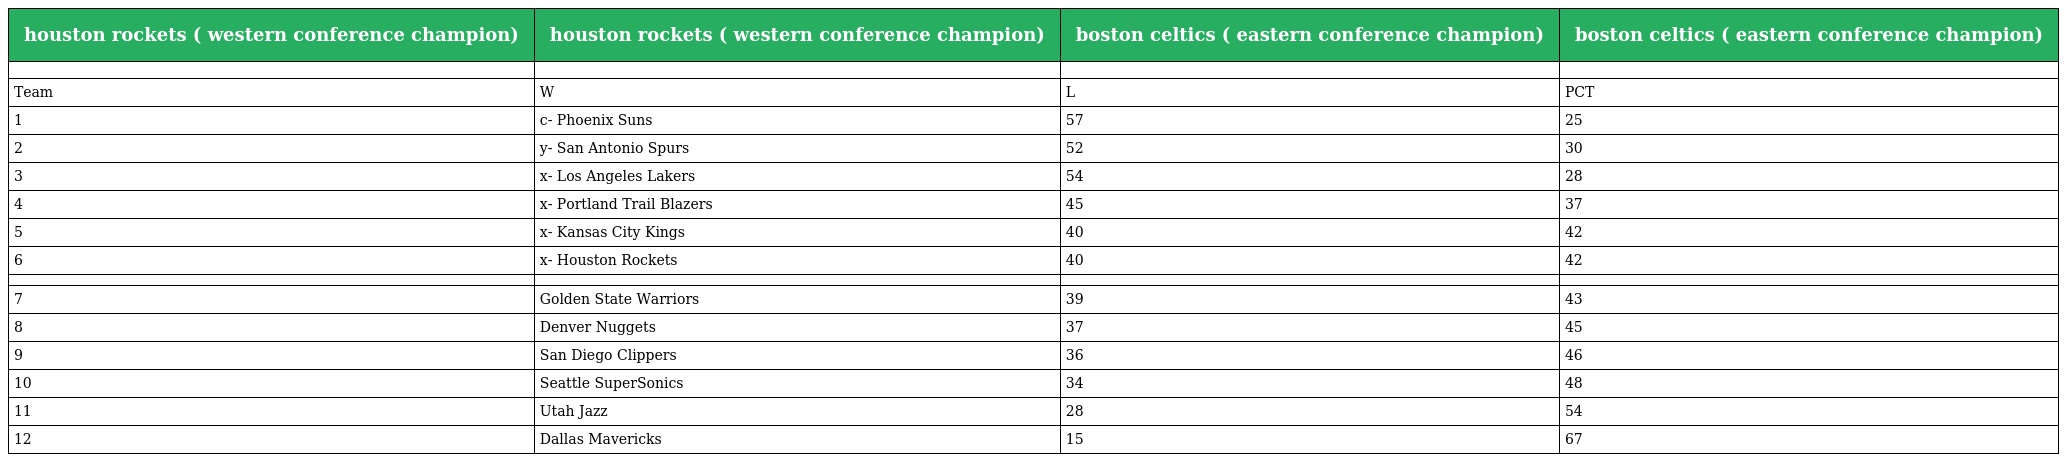
| houston rockets ( western conference champion) | houston rockets ( western conference champion) | boston celtics ( eastern conference champion) | boston celtics ( eastern conference champion) |
 | --- | --- | --- | --- |
 |  |  |  |  |
 | Team | W | L | PCT |
 | 1 | c- Phoenix Suns | 57 | 25 |
 | 2 | y- San Antonio Spurs | 52 | 30 |
 | 3 | x- Los Angeles Lakers | 54 | 28 |
 | 4 | x- Portland Trail Blazers | 45 | 37 |
 | 5 | x- Kansas City Kings | 40 | 42 |
 | 6 | x- Houston Rockets | 40 | 42 |
 |  |  |  |  |
 | 7 | Golden State Warriors | 39 | 43 |
 | 8 | Denver Nuggets | 37 | 45 |
 | 9 | San Diego Clippers | 36 | 46 |
 | 10 | Seattle SuperSonics | 34 | 48 |
 | 11 | Utah Jazz | 28 | 54 |
 | 12 | Dallas Mavericks | 15 | 67 |